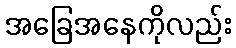
အခြေအနေကိုလည်း